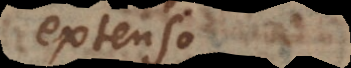
extenso.